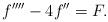
LaTeX: \begin{align*}f''''-4f''=F.\end{align*}